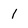
Character: 1